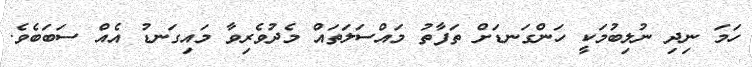
ހަމަ ނިދި ނުލިބުމަކީ ހަންގަނޑަށް ތަފާތު މައްސަލަތައް މެދުވެރިވާ މައިގަނޑު އެއް ސަބަބެވެ.